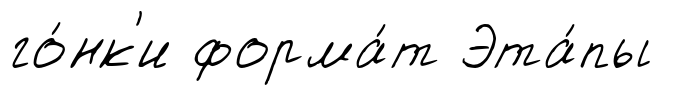
го́нк'и форма́т Эта́пы